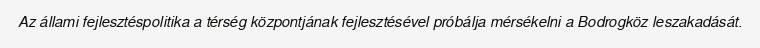
Az állami fejlesztéspolitika a térség központjának fejlesztésével próbálja mérsékelni a Bodrogköz leszakadását.